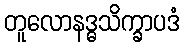
တူလောနဒ္ဓသိက္ခာပဒံ